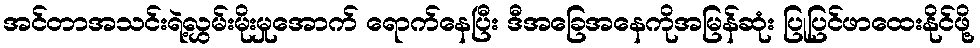
အင်တာအသင်းရဲ့လွှမ်းမိုးမှုအောက် ရောက်နေပြီး ဒီအခြေအနေကိုအမြန်ဆုံး ပြုပြင်ဖာထေးနိုင်ဖို့